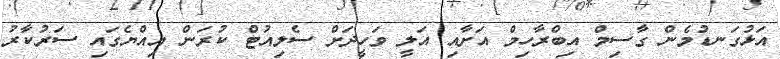
އަޅުގަނޑުމެން ގާސިމް އިބްރާހިމް އަށާއި އަލީ ވަހީދަށް ސެލިއުޓް ކުރަން އިއްޔެގައި ސަރުކާރު